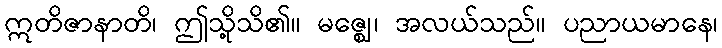
ဣတိဇာနာတိ၊ ဤသို့သိ၏။ မဇ္ဈေ၊ အလယ်သည်။ ပညာယမာနေ၊